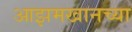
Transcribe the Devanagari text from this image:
आझमखानच्या